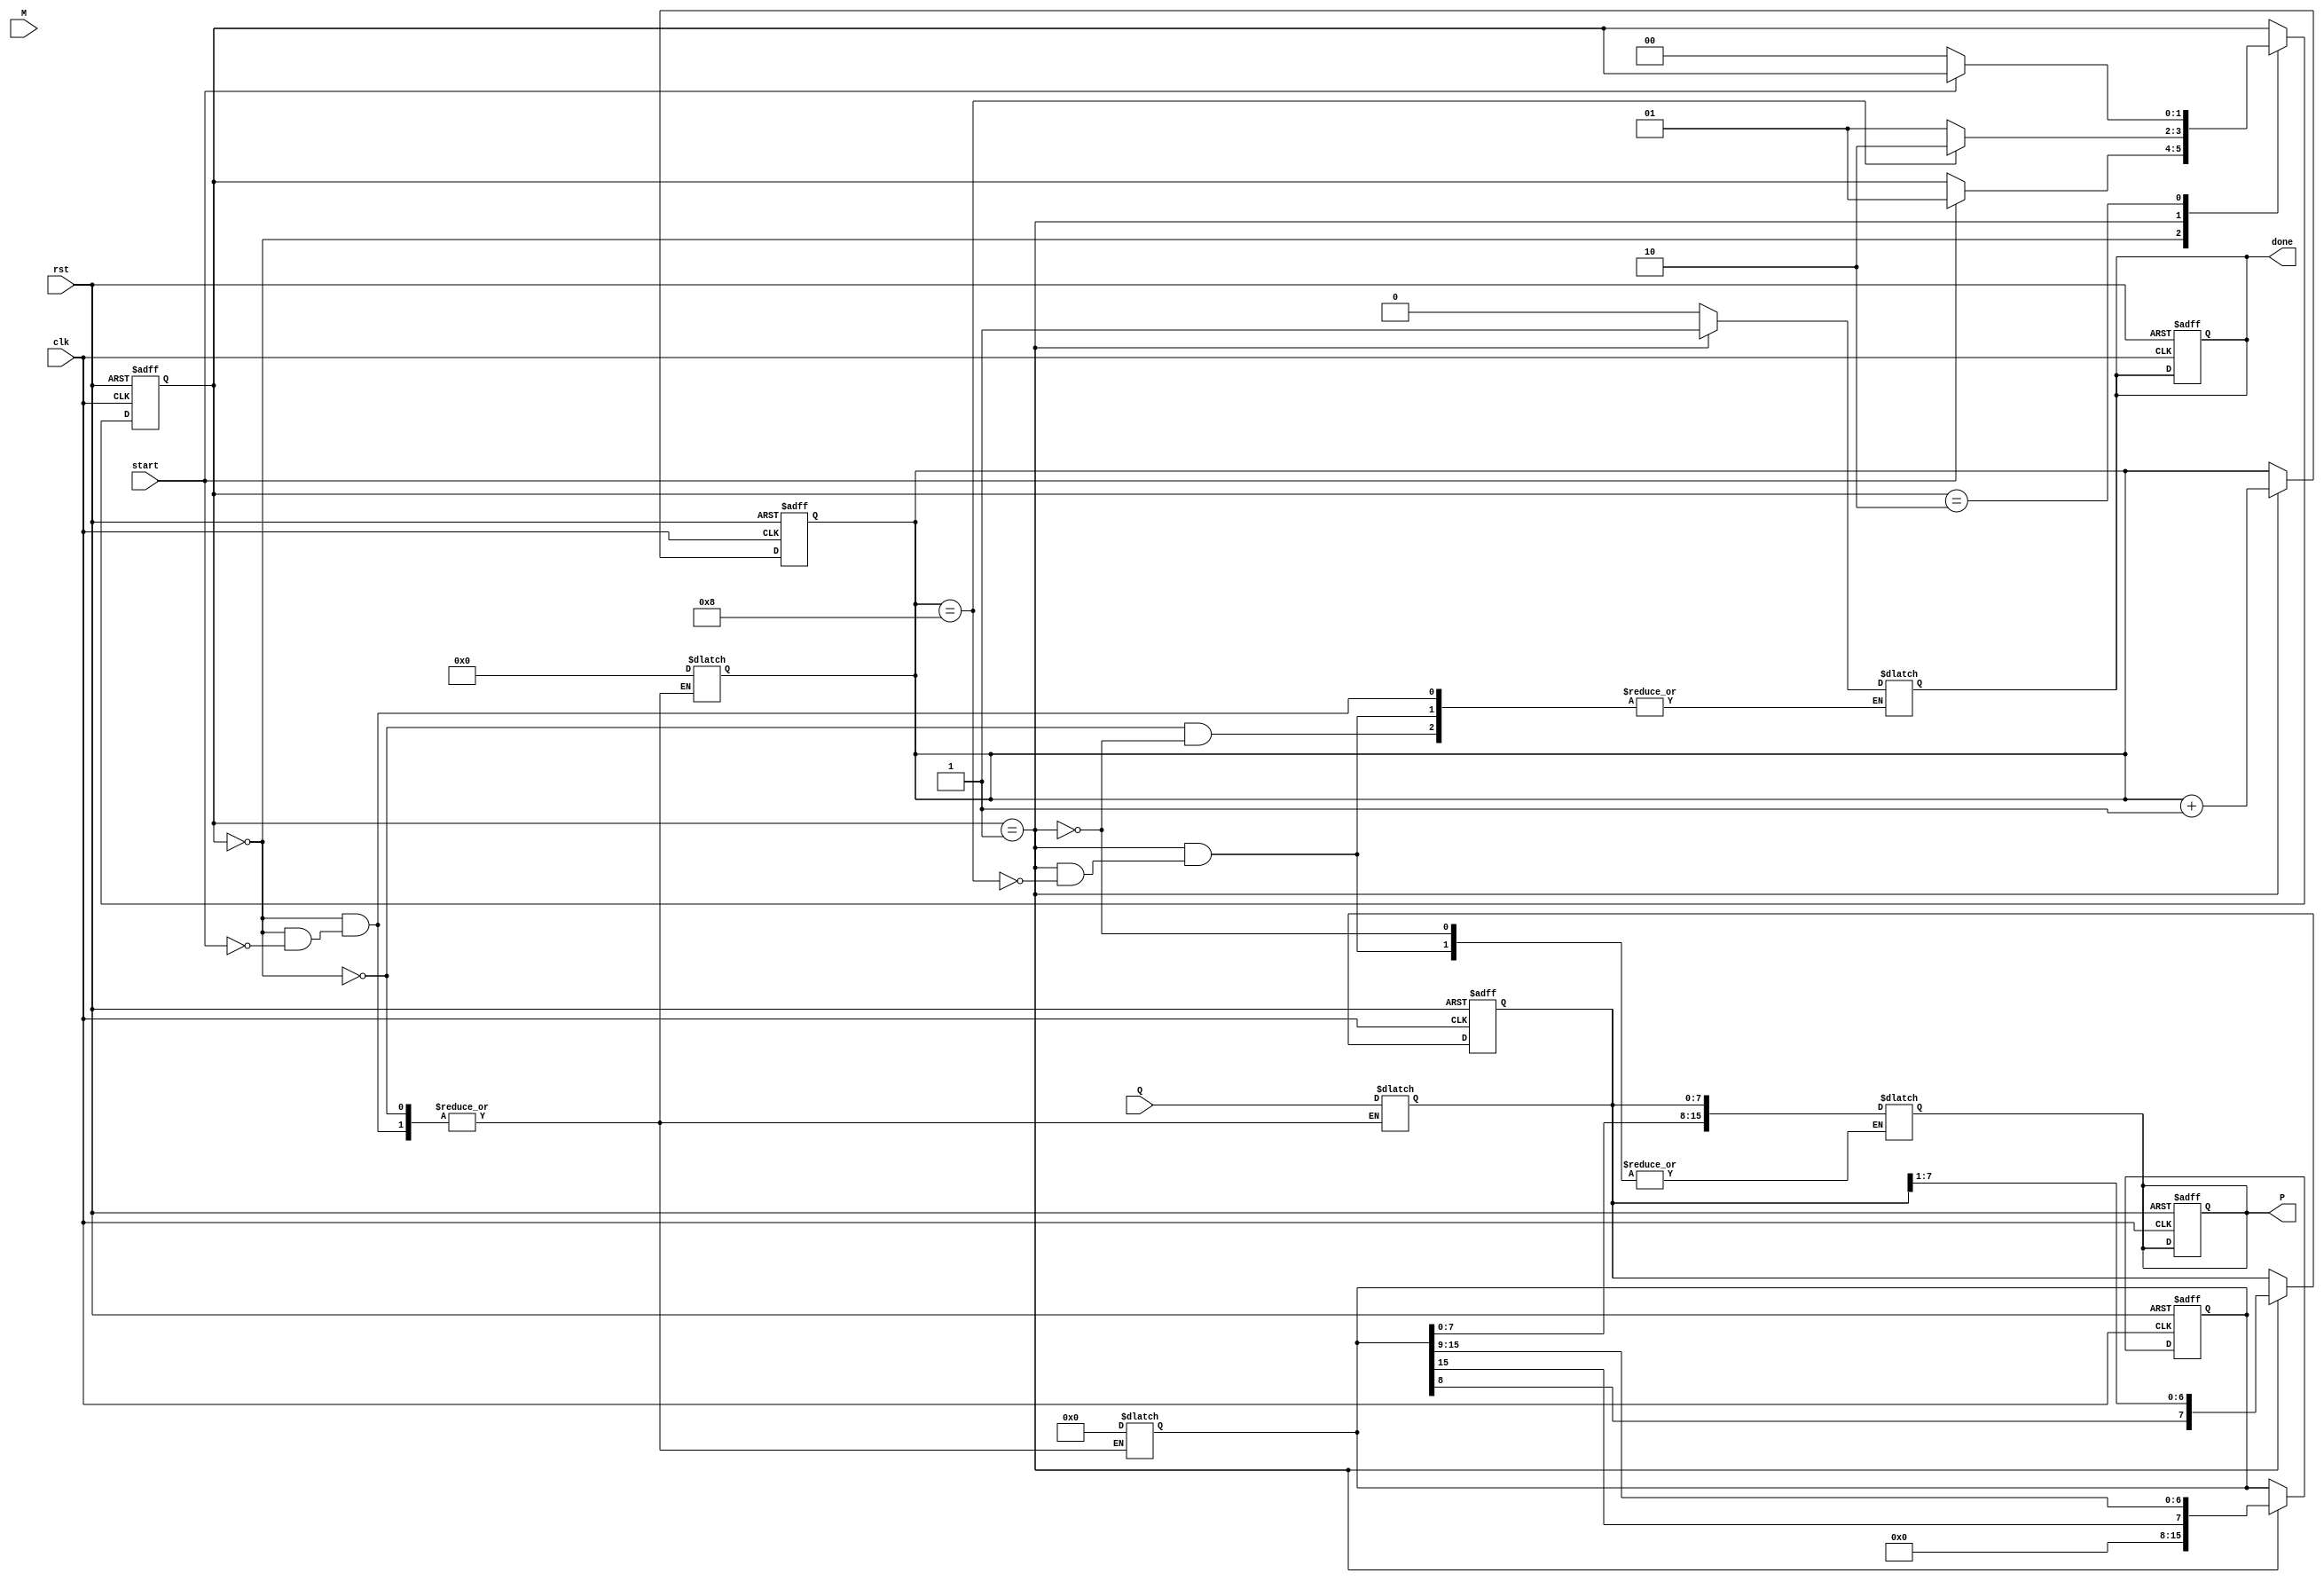
module booth_multiplier #(parameter N = 8) (
    input wire [N-1:0] M,        // Multiplicand
    input wire [N-1:0] Q,        // Multiplier
    input wire start,             // Start signal
    input wire clk,               // Clock signal
    input wire rst,               // Reset signal
    output reg [2*N-1:0] P,       // Product
    output reg done               // Done signal
);

    reg [N-1:0] Q_reg;            // Multiplier register
    reg [N-1:0] M_reg;            // Multiplicand register
    reg [2*N-1:0] A;              // Accumulator
    reg Q_minus_1;                // Previous bit of Q
    reg [3:0] count;              // Iteration counter

    // State Definitions
    localparam IDLE = 2'b00,
               RUN  = 2'b01,
               DONE = 2'b10;

    reg [1:0] state, next_state;

    // Sequential Logic
    always @(posedge clk or posedge rst) begin
        if (rst) begin
            state <= IDLE;
            A <= 0;
            Q_reg <= 0;
            M_reg <= 0;
            Q_minus_1 <= 0;
            count <= 0;
            P <= 0;
            done <= 0;
        end else begin
            state <= next_state;
            if (state == RUN) begin
                // Perform Booth's algorithm operations
                case ({Q_reg[0], Q_minus_1})
                    2'b01: A <= A + {M_reg, {N{1'b0}}}; // Add M
                    2'b10: A <= A - {M_reg, {N{1'b0}}}; // Subtract M
                    default: ;                          // No operation
                endcase

                // Right shift A and Q
                {A, Q_reg} <= {A[2*N-1], A[2*N-1:N], Q_reg[N-1:1]}; // Arithmetic shift
                Q_minus_1 <= Q_reg[0]; // Update Q_minus_1
                count <= count + 1;     // Increment count
            end
        end
    end

    // Combinational Logic for State Transition
    always @(*) begin
        next_state = state;
        case (state)
            IDLE: begin
                if (start) begin
                    M_reg = M;           // Load multiplicand
                    Q_reg = Q;           // Load multiplier
                    A = 0;               // Clear accumulator
                    Q_minus_1 = 0;       // Clear previous bit
                    count = 0;           // Reset counter
                    next_state = RUN;    // Move to RUN state
                    done = 0;            // Clear done signal
                end
            end
            RUN: begin
                if (count == N) begin
                    P = {A[N-1:0], Q_reg}; // Combine A and Q for final product
                    done = 1;             // Set done signal
                    next_state = DONE;    // Move to DONE state
                end else begin
                    next_state = RUN;      // Stay in RUN state
                end
            end
            DONE: begin
                if (!start) begin
                    next_state = IDLE;    // Go back to IDLE state
                end
            end
        endcase
    end

endmodule